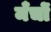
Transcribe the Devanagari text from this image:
मँचों